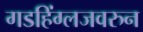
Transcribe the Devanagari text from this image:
गडहिंग्लजवरुन